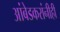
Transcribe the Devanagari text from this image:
आंबेडकरांनीही